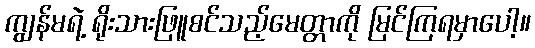
ကျွန်မရဲ့ ရိုးသားဖြူစင်သည့်မေတ္တာကို မြင်ကြရမှာပေါ့။